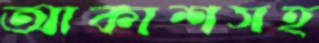
আকাশসহ